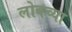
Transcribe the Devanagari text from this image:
लोबच्या